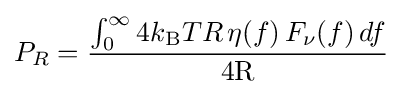
P_{R}={\frac {\int _{0}^{\infty }4k_{\text{B}}TR\,\eta (f)\,F_{\nu }(f)\,df}{4{\text{R}}}}